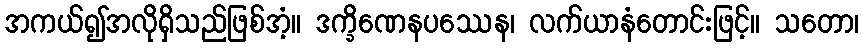
အကယ်၍အလိုရှိသည်ဖြစ်အံ့။ ဒက္ခိဏေနပဿေန၊ လက်ယာနံတောင်းဖြင့်။ သတော၊